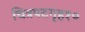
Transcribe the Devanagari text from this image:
चित्रपटगृह१०